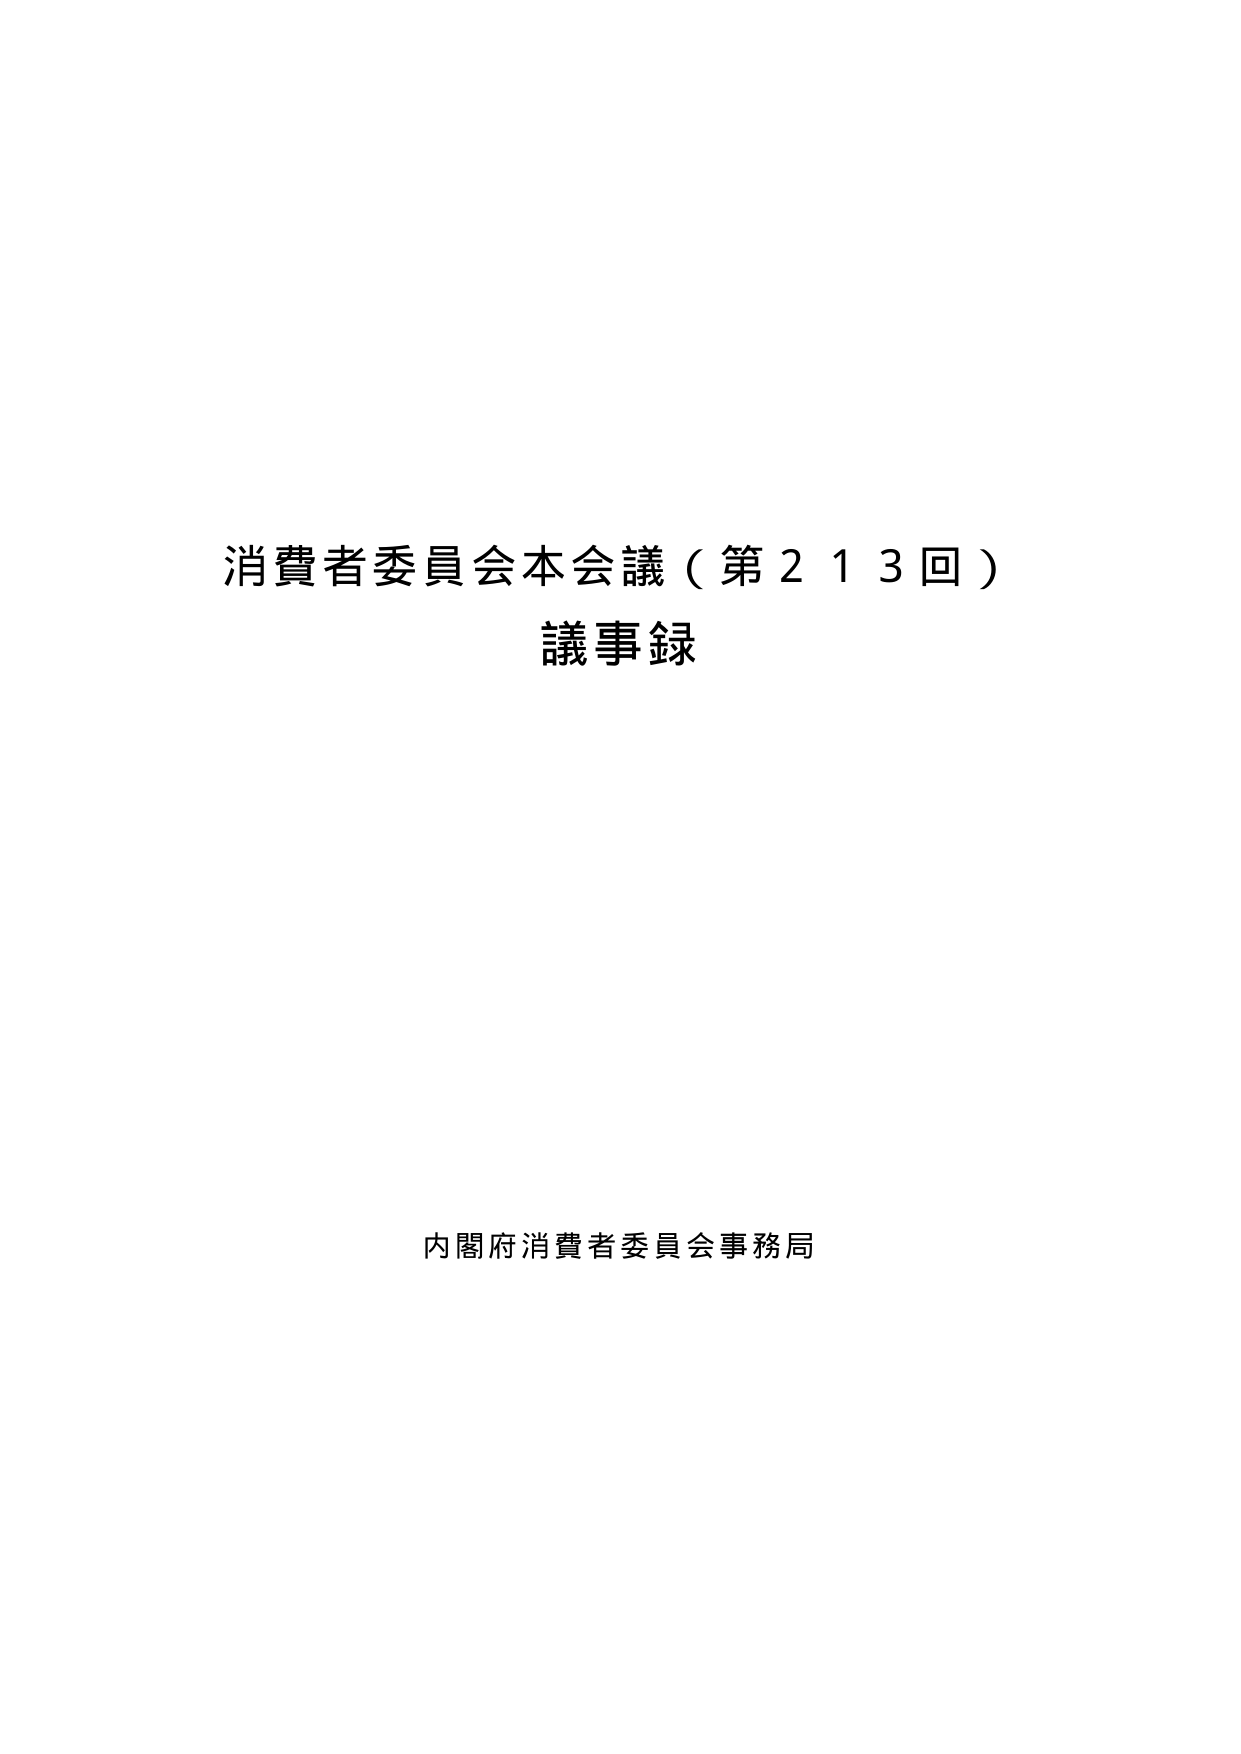
消費者委員会本会議（第213回）
議事録

内閣府消費者委員会事務局